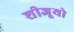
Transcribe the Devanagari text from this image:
शीजूयो